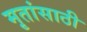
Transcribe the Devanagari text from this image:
मृतांसाठी